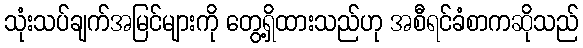
သုံးသပ်ချက်အမြင်များကို တွေ့ရှိထားသည်ဟု အစီရင်ခံစာကဆိုသည်